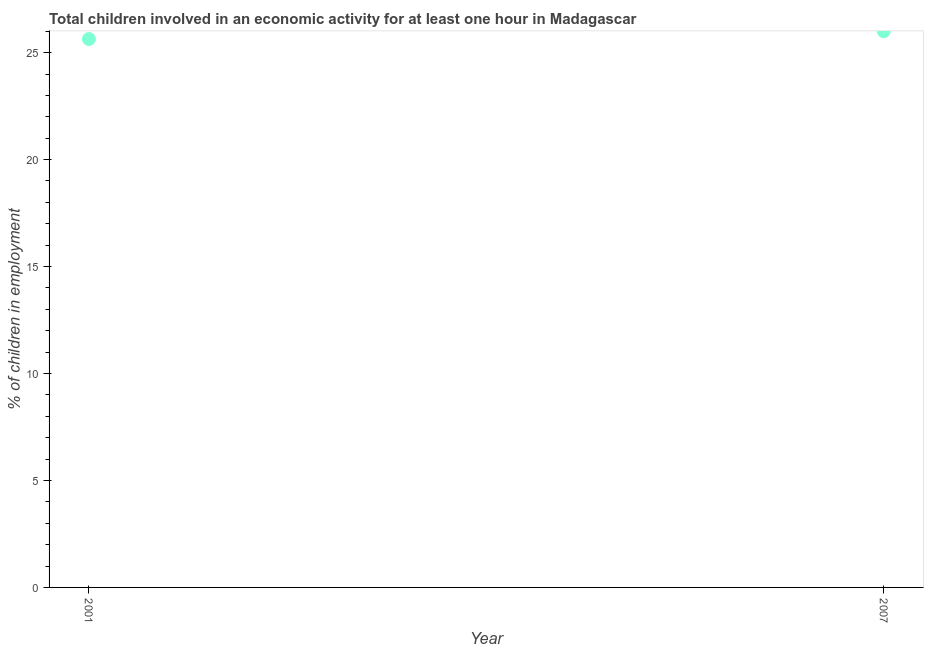
| Year | Children in employment |
 | --- | --- |
 | 2001 | 25.6 |
 | 2007 | 26 |